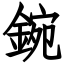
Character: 鋺